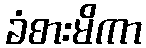
ခံစားမိကာ